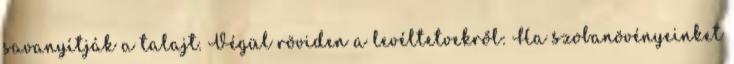
savanyítják a talajt. Végül röviden a levéltetvekről: Ha szobanövényeinket